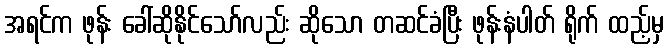
အရင်က ဖုန်း ခေါ်ဆိုနိုင်သော်လည်း ဆိုသော တဆင်ခံပြီး ဖုန်းနံပါတ် ရိုက် ထည့်မှ